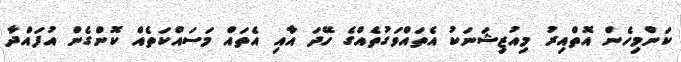
ކަންމިހެން އޮތްއިރު މިއުޒިޝަނަކު އެތައްވަގުތެއްގެ ހޭދަ އާއި އެތައް މަސައްކަތެއް ކޮންގެން އުފައްދާ